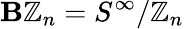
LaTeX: \mathbf{B}\mathbb{{Z}}_{n}=S^{\infty}/\mathbb{{Z}}_{n}